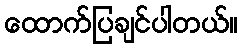
ထောက်ပြချင်ပါတယ်။